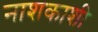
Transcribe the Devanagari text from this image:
नाशकाशी